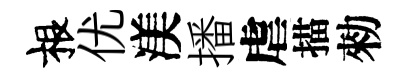
根优渼播虐描勑